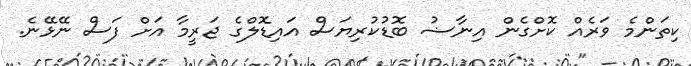
ކިތަންމެ ވަރެއް ކޮށްގެން އިނާޟު ބޮޑުކުރިޔަސް އައިޑޮލްގެ ޖަރީމާ އަށް ފަސް ނޭޅޭނެ.